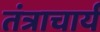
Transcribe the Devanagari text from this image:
तंत्राचार्य